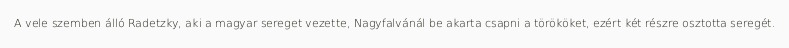
A vele szemben álló Radetzky, aki a magyar sereget vezette, Nagyfalvánál be akarta csapni a törököket, ezért két részre osztotta seregét.